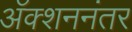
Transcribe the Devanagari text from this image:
अॅक्शननंतर